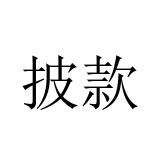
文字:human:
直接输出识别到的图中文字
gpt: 披款